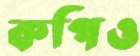
কপিও